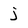
Character: j